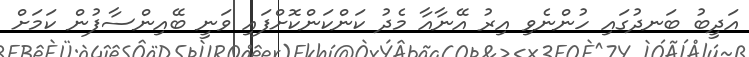
އަދީބު ބަނދުގައި ހުންނެވި އިރު އޭނާއާ މެދު ކަންކަންކޮށްފައި ވަނީ ބޭއިންސާފުން ކަމަށް